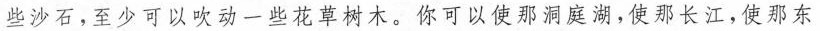
些灰尘，吹走一些沙石，至少可以吹动一些花草树木。你可以使那洞庭湖，使那长江，使那东